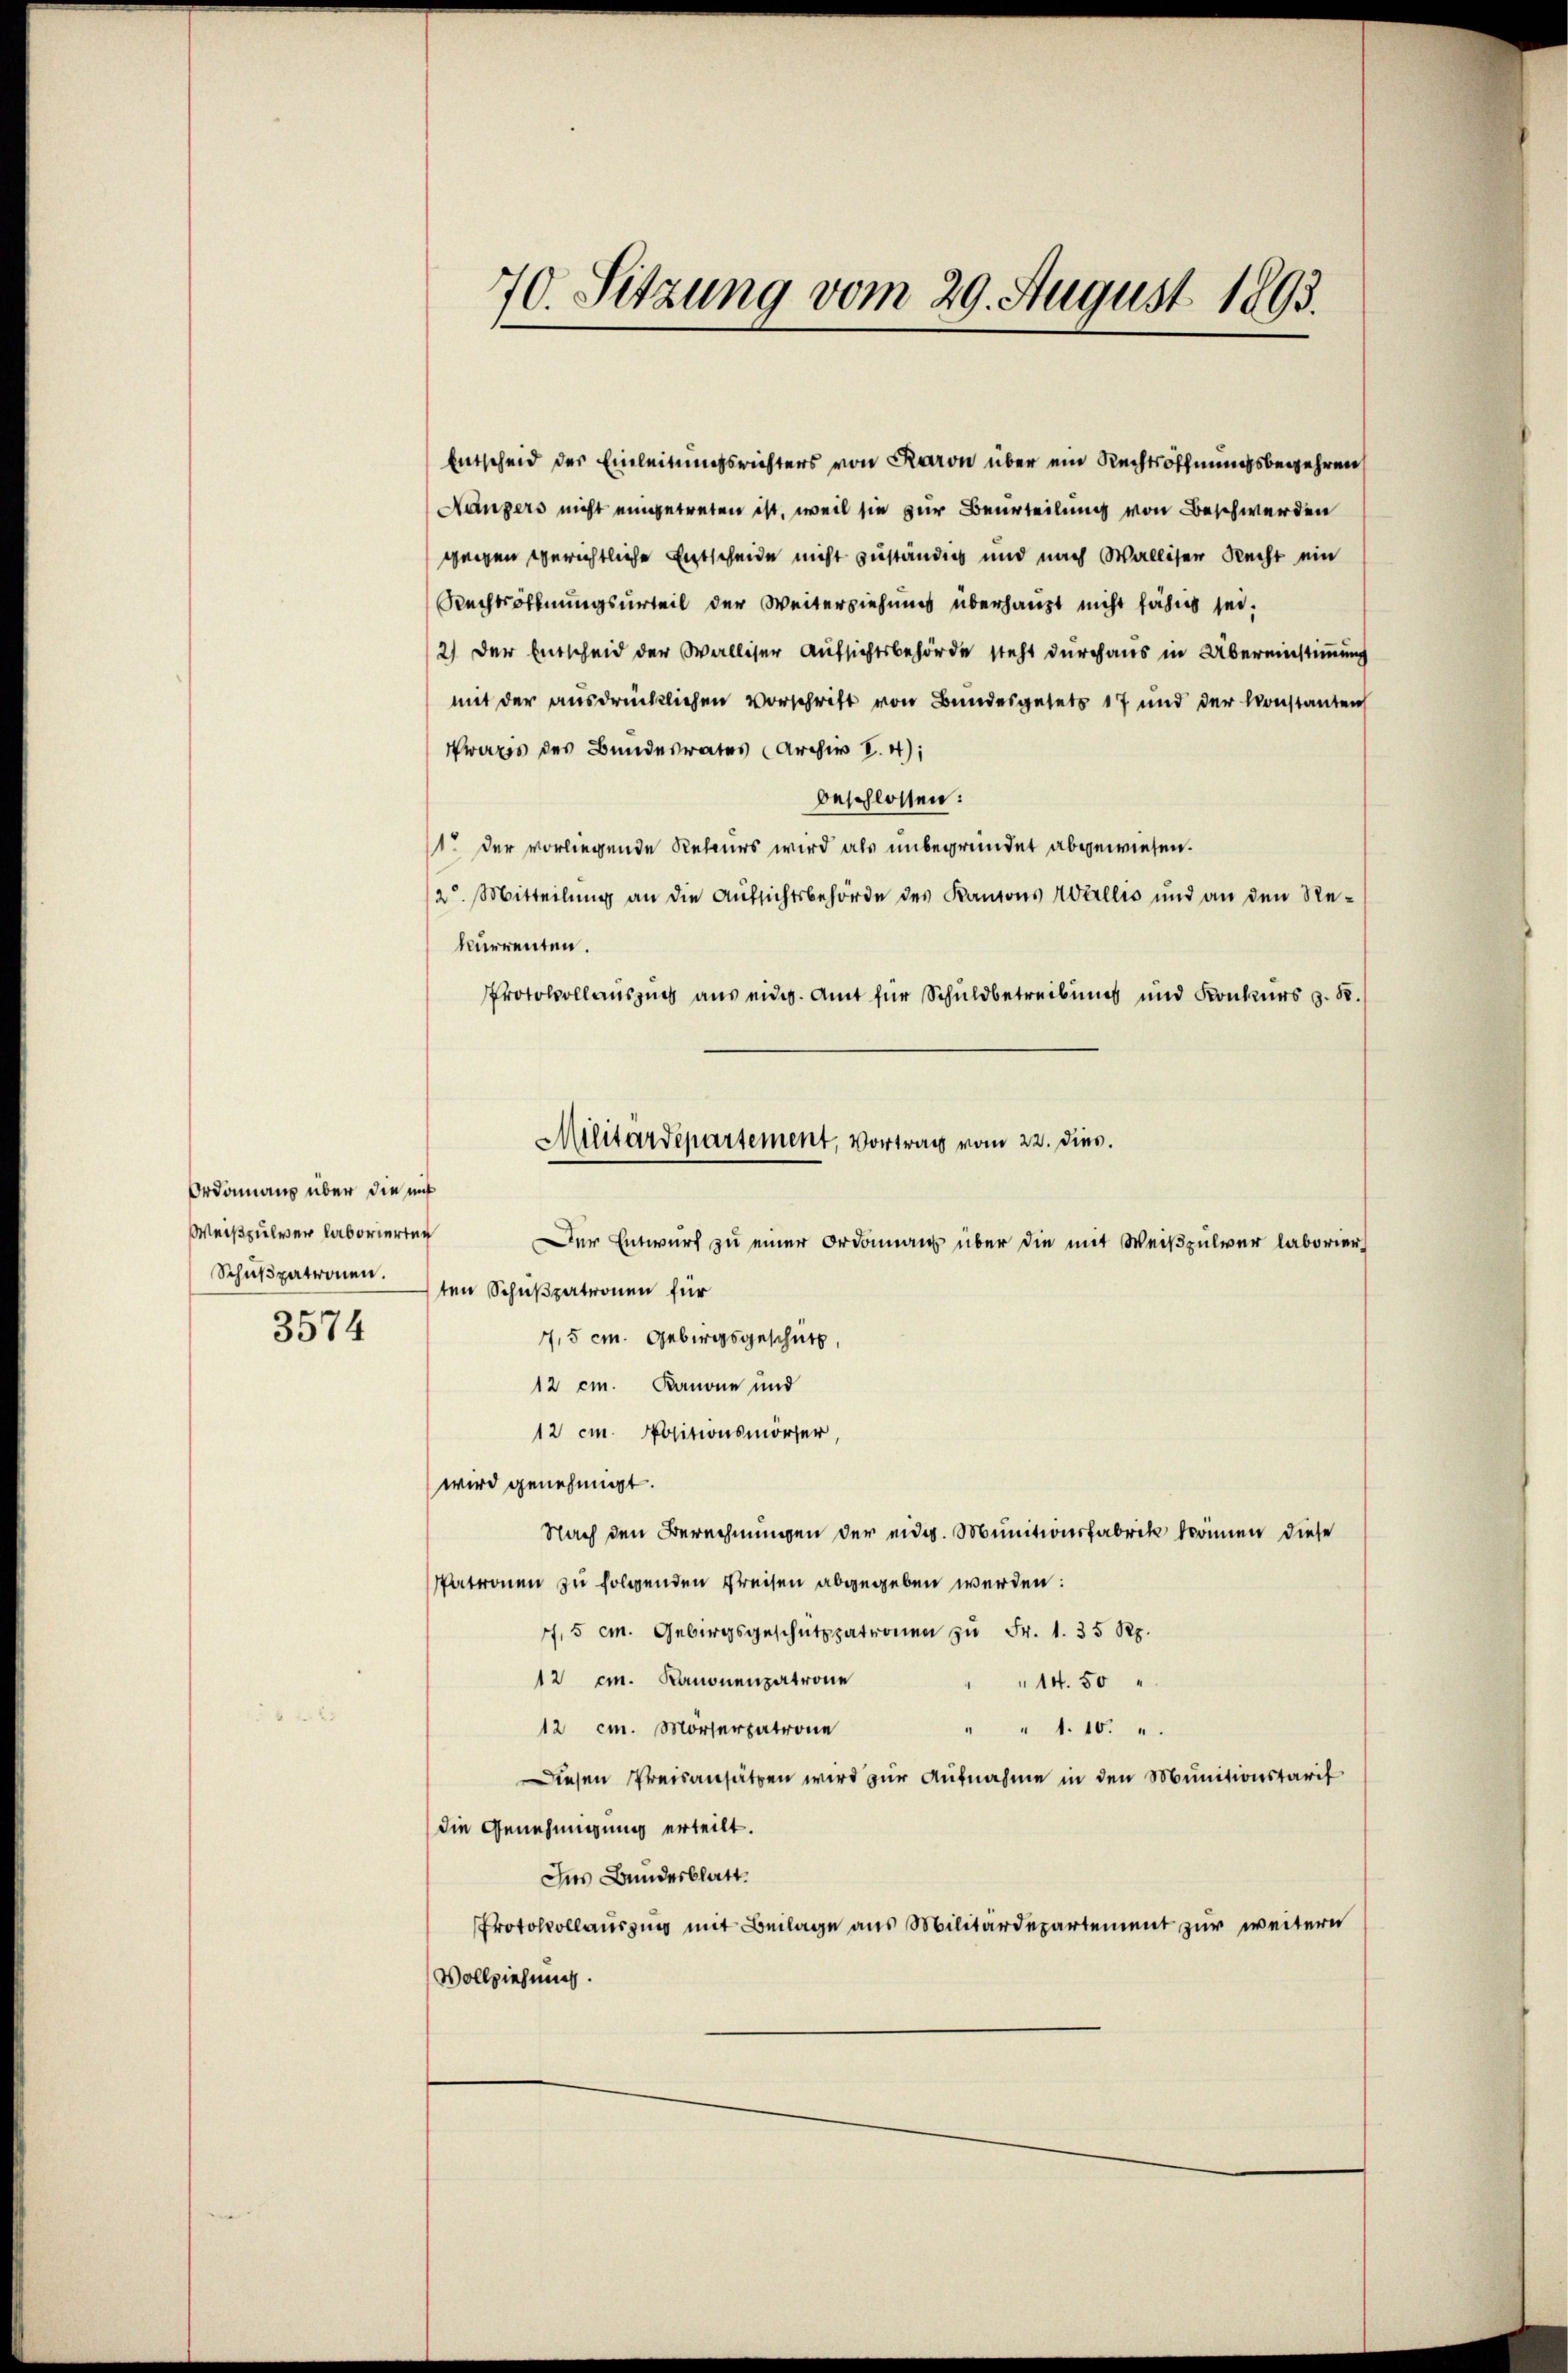
Ordonnanz über die mit
Weißpulver laborierten

3574

70. Sitzung vom 29. August 1893.

Entscheid der Einleitungsrichters von Raron über ein Rechtsoffnungsbegehren
Hängers nicht eingetreten ist, weil sie zur Beurteilung von Beschwerden
gengen gerichtliche Entscheide nicht zuständig und nach Walliser Recht ein
Rechtsoffnungsurteil der Weiterziehung überhaupt nicht fähig sei.
2) Der Entscheid der Walliser Aufsichtsbehörde steht durchaus in Übereinstimmung
mit der ausdrücklichen Vorschrift von Bundesgesetz 17 und der Konstanten
wars des Bundesrates Archiv V.4):
beschlossen:
1. Der vorliegende Rekurs wird als unbegründet abgewiesen.
2. Mitteilung an die Aufsichtsbehörde des Kantons Wallis und an den Rekurrenten.
Protokollauszug aus eidg. Amt für Schuldbetreibung und Konkurs z. B.
Der Entwurf zu einer Ordonnant über die mit Weißpulver laborier
Schulpatronen den Schußpatronen für
7,5 cm. Gebirgsgeschutz,
12 cm. Kanone und
12 cm. Positionsmörfer,
wird genehmigt.
Nach den Berechnungen der eidg. Munitionsfabrik können diese
Patronen zu folgenden Kreisen abgegeben werden:
7,5 cm. Gebirgsgeschützpatronen zŭ Fr. 1. 35 Rp.
12 cm. Kanonenzatrone
14. 50
12 cm. Mörserpatrone
" " 1.10. „
Diesen Preisansätzen wird zur Aufnahme in den Munitionstarif
die Genehmigung erteilt.
Ins Bundesblatt.
Protokollauszung mit Beilage aus Militärdepartement zur weitern
Vollziehung.

Militärdepartement, Vortrag vom 22. dies.